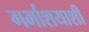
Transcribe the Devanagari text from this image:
गर्भाशयाशी